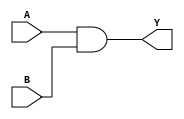
module and_2_str(input A, input B, output Y);

  and and1 (Y, A, B);
  endmodule